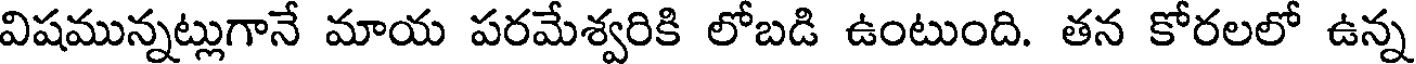
విషమున్నట్లుగానే మాయ పరమేశ్వరికి లోబడి ఉంటుంది. తన కోరలలో ఉన్న